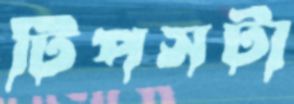
টিপসটা